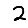
Digit: 2